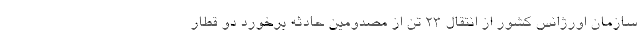
سازمان اورژانس کشور از انتقال ۲۳ تن از مصدومین حادثه برخورد دو قطار